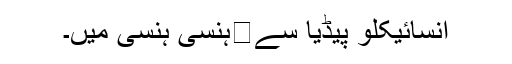
انسائیکلو پیڈیا سے	ہنسی ہنسی میں۔